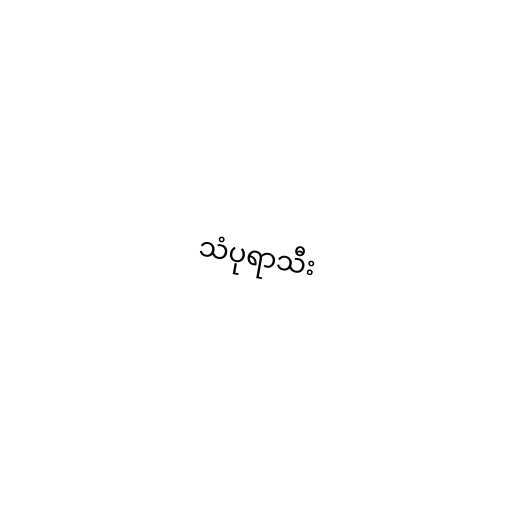
သံပုရာသီး